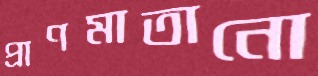
প্রাণমাতানো